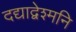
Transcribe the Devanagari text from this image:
दद्याद्वेश्मनि